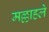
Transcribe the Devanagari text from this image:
मल्लाहले